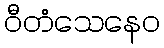
ဝီတံသေနေဝ